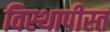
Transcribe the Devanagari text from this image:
विस्थापीस्त